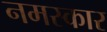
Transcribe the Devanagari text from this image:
नमस्कार